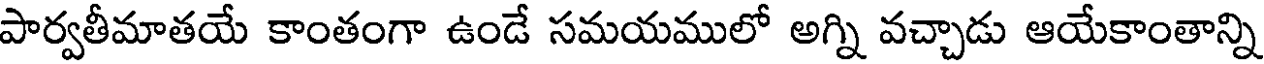
పార్వతీమాతయే కాంతంగా ఉండే సమయములో అగ్ని వచ్చాడు ఆయేకాంతాన్ని